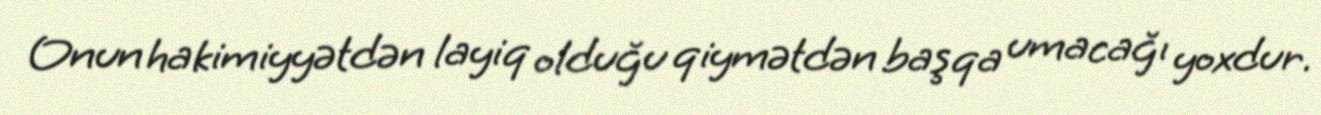
Onun hakimiyyətdən layiq olduğu qiymətdən başqa umacağı yoxdur.